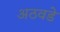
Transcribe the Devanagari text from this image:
अठवडे